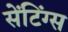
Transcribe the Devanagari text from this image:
सेंटिंग्स